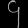
Digit: ၄